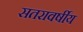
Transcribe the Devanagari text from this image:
सतरावर्षीय